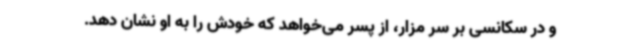
و در سکانسی بر سر مزار، از پسر می‌خواهد که خودش را به او نشان دهد.